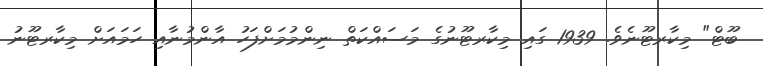
ބޫޓް" މިކާރޓޫނެވެ. 1939 ގައި މިކާރޓޫނުގެ މަސައްކަތް ނިންމުމަށްފަހު އާންމުނާއި ހަމައަށް މިކާރޓޫނު